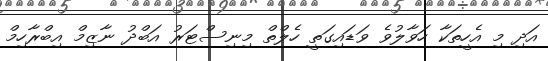
އަދި މި އެހީތަކާ ހަވާލުވެ ވަޑައިގަތީ ހެލްތް މިނިސްޓަރު އަބްދު ނާޒިމް އިބްރާހިމް